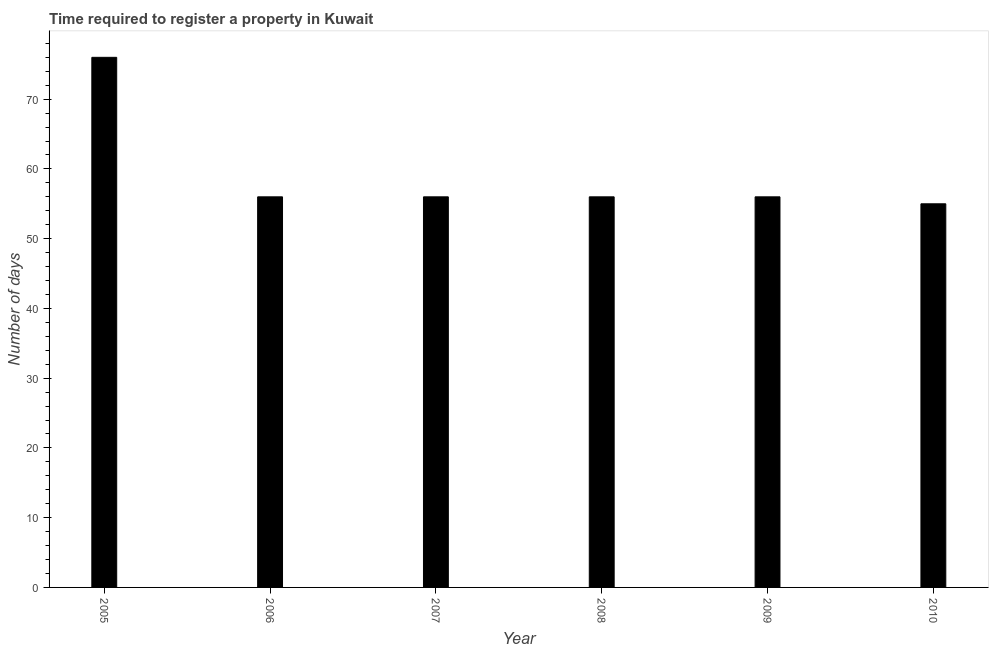
| Year | Register property |
 | --- | --- |
 | 2005 | 76 |
 | 2006 | 56 |
 | 2007 | 56 |
 | 2008 | 56 |
 | 2009 | 56 |
 | 2010 | 55 |